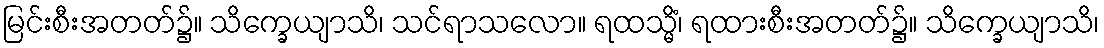
မြင်းစီးအတတ်၌။ သိက္ခေယျာသိ၊ သင်ရာသလော။ ရထသ္မိံ၊ ရထားစီးအတတ်၌။ သိက္ခေယျာသိ၊